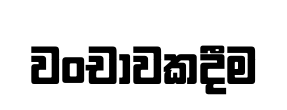
වංචාවකදීම